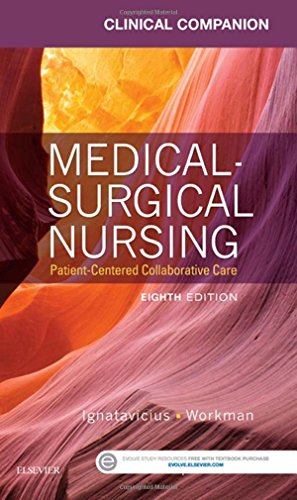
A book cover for Clinical Companion for Medical-Surgical Nursing: Patient-Centered Collaborative Care, 8e; Donna D. Ignatavicius MS  RN  ANEF; Medical Books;